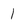
Character: 1